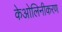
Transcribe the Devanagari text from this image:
केओलिनीकरण